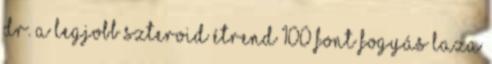
Dr. A legjobb szteroid étrend 100 font fogyás laza